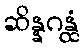
ဆိန္နဂန္ထံ